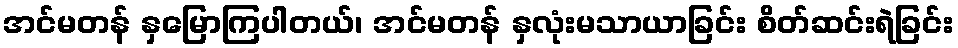
အင်မတန် နှမြောကြပါတယ်၊ အင်မတန် နှလုံးမသာယာခြင်း စိတ်ဆင်းရဲခြင်း